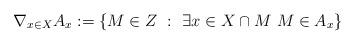
LaTeX: \begin{align*}\nabla_{x \in X} A_x := \{ M \in Z \ : \ \exists x \in X \cap M \ M \in A_x \}\end{align*}